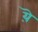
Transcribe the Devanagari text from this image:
य़ॆ